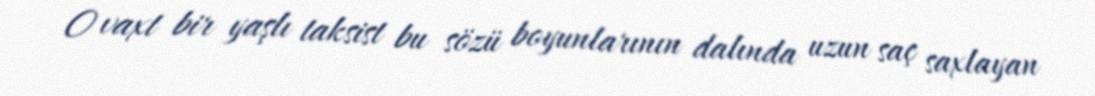
O vaxt bir yaşlı taksist bu sözü boyunlarının dalında uzun saç saxlayan